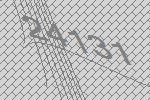
24131